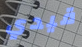
قيدي